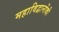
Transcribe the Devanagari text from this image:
महाविद्वानोंकी